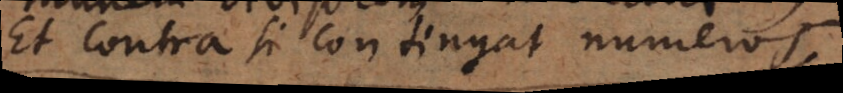
Et contra si contingat numeros